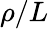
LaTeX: \rho/L